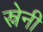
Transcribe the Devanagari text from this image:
स्नेनी